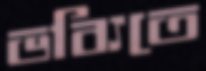
ভব্যিতে